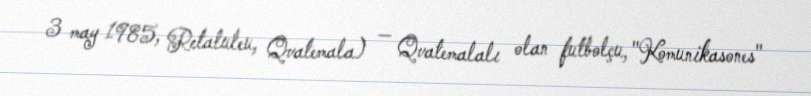
3 may 1985, Retaluleu, Qvatemala) — Qvatemalalı olan futbolçu, "Komunikasones"